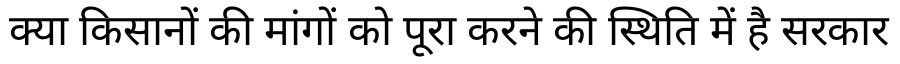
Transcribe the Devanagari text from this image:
क्या किसानों की मांगों को पूरा करने की स्थिति में है सरकार